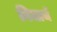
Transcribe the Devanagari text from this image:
निजार्थ